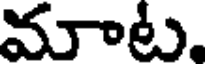
మాాట.